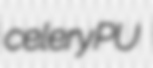
celery PU